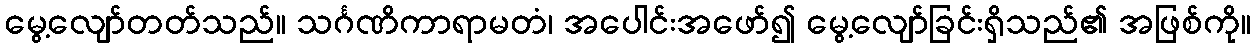
မွေ့လျော်တတ်သည်။ သင်္ဂဏိကာရာမတံ၊ အပေါင်းအဖော်၍ မွေ့လျော်ခြင်းရှိသည်၏ အဖြစ်ကို။